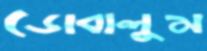
ডোবালুম